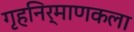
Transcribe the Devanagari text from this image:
गृहनिर्माणकला